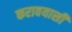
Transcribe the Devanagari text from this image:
करावयासी